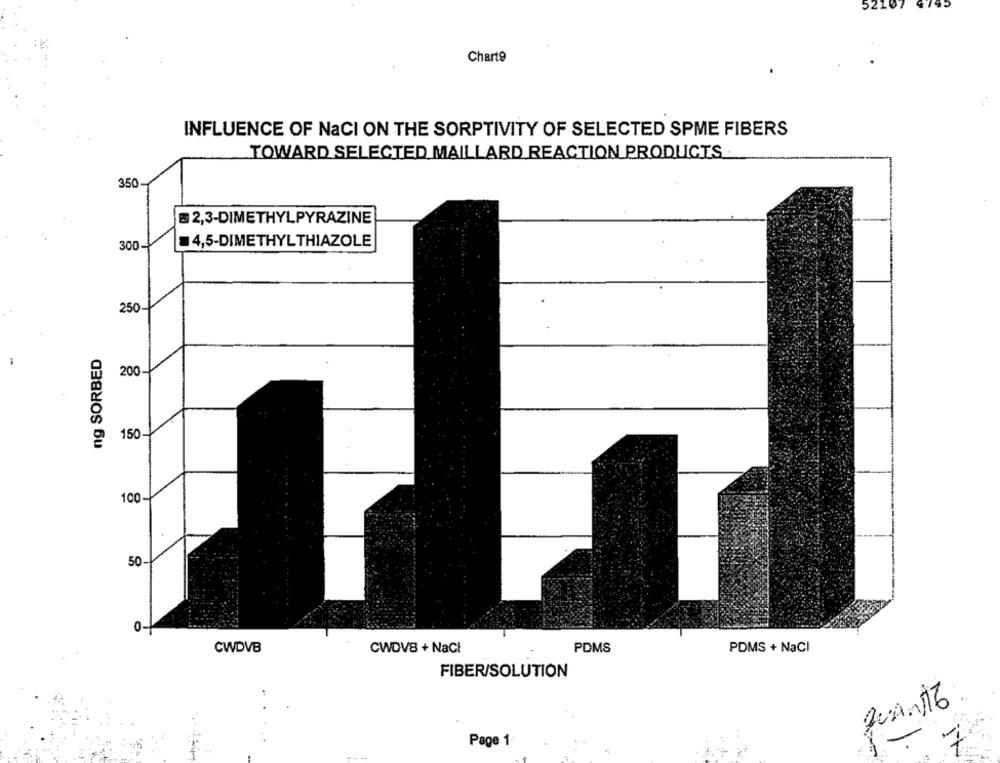
52107 4795
Chart9
INFLUENCE OF NaCI ON THE SORPTIVITY OF SELECTED SPME FIBERS
TOWARD SELECTED MAILLARD REACTION PRODUCTS.
350
= 2,3-DIMETHYLPYRAZINE
300-
4,5-DIMETHYL THIAZOLE
250
ng SORBED
200
150-
100-
50
0
CWDVB
CWDVB + NaCI
PDMS
PDMS + NaCI
FIBER/SOLUTION
quan16
7
Page 1